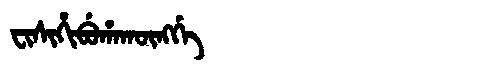
Manchu: ᠸᡳᠰᡳᡥᡳᠪᡠᡥᠠᡴᡡᠩᡤᡝ
Romanization: FISIHIBUHAKŪNGGE